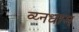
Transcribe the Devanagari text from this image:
व्य्नधाम